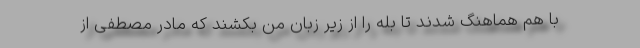
با هم هماهنگ شدند تا بله را از زیر زبان من بکشند که مادر مصطفی از